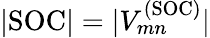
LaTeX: |\mathrm{SOC}|=|V_{mn}^{(\mathrm{SOC)}}|